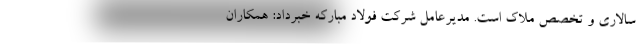
سالاری و تخصص ملاک است. مدیرعامل شرکت فولاد مبارکه خبرداد: همکاران